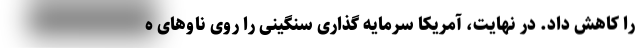
را کاهش داد. در نهایت، آمریکا سرمایه گذاری سنگینی را روی ناوهای ه